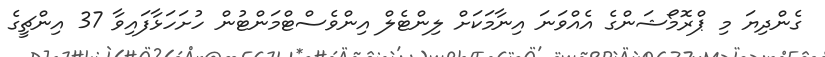
ގެންދިޔަ މި ޕްރޮމޯޝަންގެ އެއްވަނަ އިނާމަކަށް ލިންޓެލް އިންވެސްޓްމަންޓުން ހުށަހަޅާފައިވާ 37 އިންޗީގެ